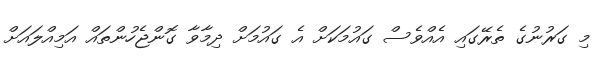
މި ގަރުނުގެ ތެރޭގައި އެއްވެސް ގައުމަކަށް އެ ގައުމަށް ދިމާވާ ގޮންޖެހުންތައް އަމިއްލައަށް